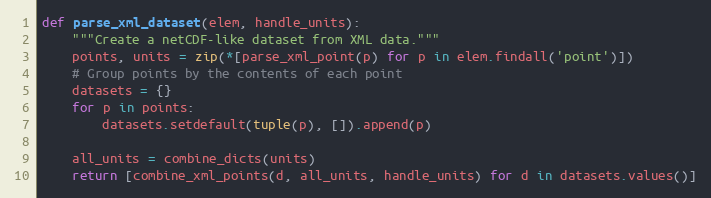
Language: Python
def parse_xml_dataset(elem, handle_units):
    """Create a netCDF-like dataset from XML data."""
    points, units = zip(*[parse_xml_point(p) for p in elem.findall('point')])
    # Group points by the contents of each point
    datasets = {}
    for p in points:
        datasets.setdefault(tuple(p), []).append(p)

    all_units = combine_dicts(units)
    return [combine_xml_points(d, all_units, handle_units) for d in datasets.values()]